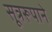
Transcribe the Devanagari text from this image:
सूत्ररूपाने